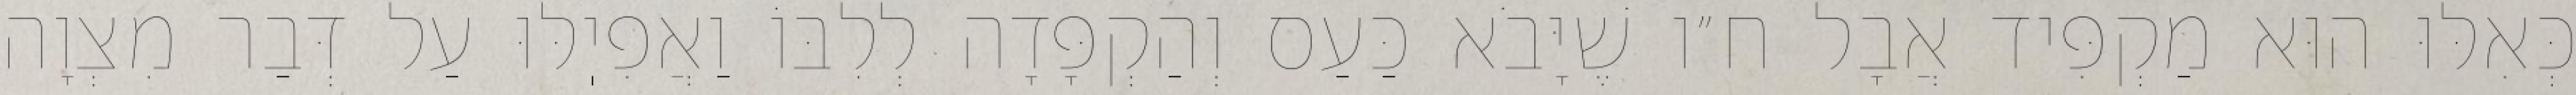
כְּאִלּוּ הוּא מַקְפִּיד אֲבָל ח״ו שֶׁיָּבֹא כַּעַס וְהַקְפָּדָה לְלִבּוֹ וַאֲפִיֽלּוּ עַל דְּבַר מִצְוָה